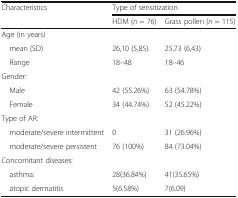
<table><thead><tr><td rowspan="2"><b>Characteristics</b></td><td colspan="2"><b>Type of sensitization</b></td></tr><tr><td><b>HDM (<i>n</i> = 76)</b></td><td><b>Grass pollen (<i>n</i> = 115)</b></td></tr></thead><tbody><tr><td colspan="3">Age (in years)</td></tr><tr><td> mean (SD)</td><td>26,10 (5,85)</td><td>25,73 (6,43)</td></tr><tr><td> Range</td><td>18–48</td><td>18–46</td></tr><tr><td colspan="3">Gender:</td></tr><tr><td> Male</td><td>42 (55.26%)</td><td>63 (54.78%)</td></tr><tr><td> Female</td><td>34 (44.74%)</td><td>52 (45.22%)</td></tr><tr><td colspan="3">Type of AR:</td></tr><tr><td> moderate/severe intermittent</td><td>0</td><td>31 (26.96%)</td></tr><tr><td> moderate/severe persistent</td><td>76 (100%)</td><td>84 (73.04%)</td></tr><tr><td colspan="3">Concomitant diseases:</td></tr><tr><td> asthma:</td><td>28(36.84%)</td><td>41(35.65%)</td></tr><tr><td> atopic dermatitis</td><td>5(6.58%)</td><td>7(6.09)</td></tr></tbody></table>